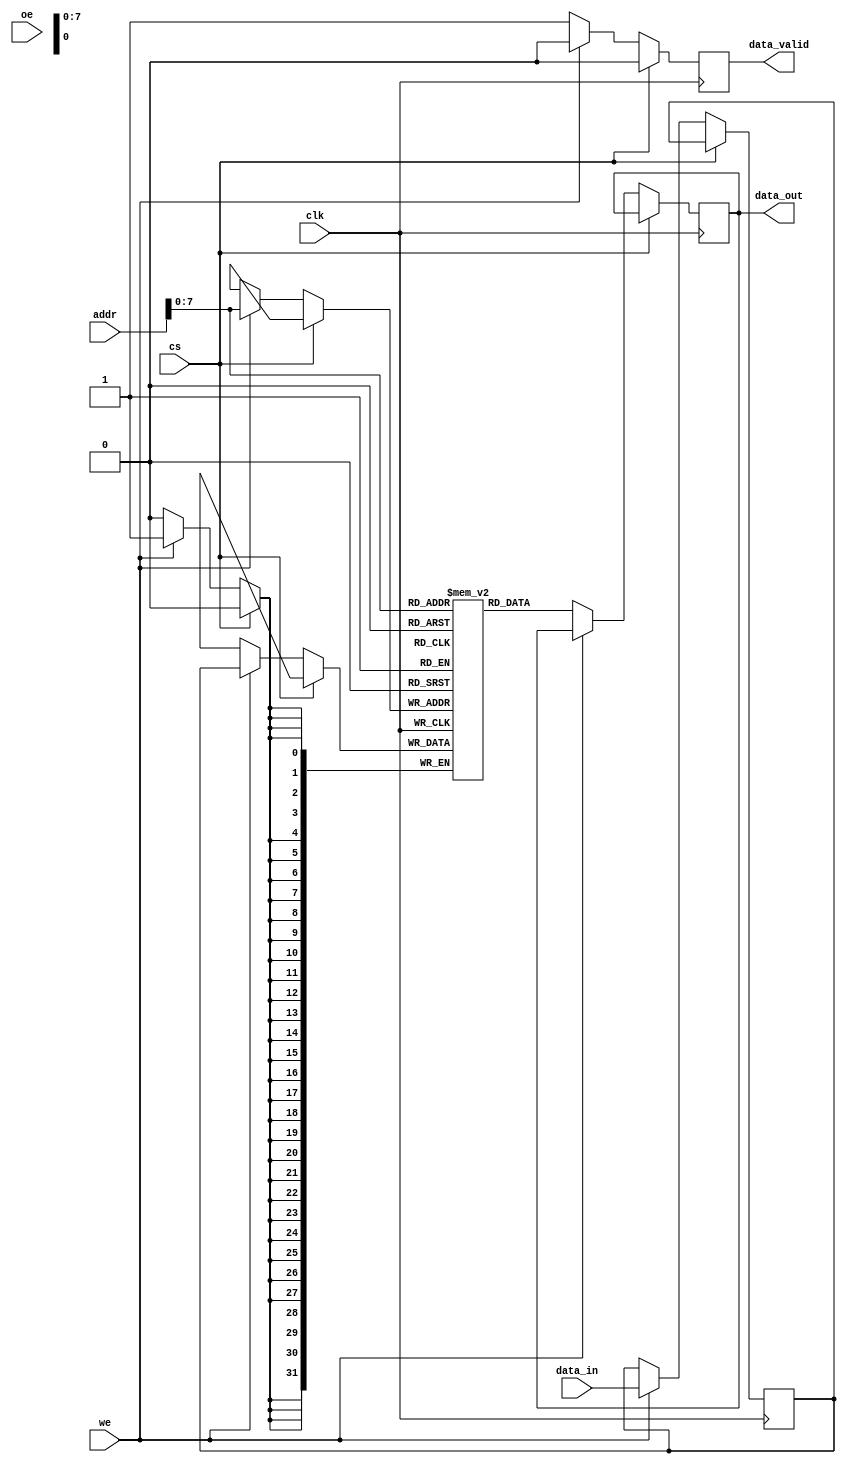
module dram_io_block (
    input wire clk,               // Clock signal
    input wire cs,                // Chip Select
    input wire we,                // Write Enable
    input wire oe,                // Output Enable
    input wire [15:0] addr,       // Address bus (16 bits)
    input wire [31:0] data_in,    // Data input bus (32 bits)
    output reg [31:0] data_out,   // Data output bus (32 bits)
    output reg data_valid         // Data valid signal
);

    // Memory array (for demonstration, 256 x 32 bits)
    reg [31:0] memory_array [0:255];

    // Internal signals
    reg [31:0] data_buffer;       // Input data buffer
    reg [7:0] row;                // Row address
    reg [7:0] col;                // Column address

    // Address decoding
    always @(*) begin
        row = addr[15:8];         // Upper 8 bits for row
        col = addr[7:0];          // Lower 8 bits for column
    end

    // Write Operation
    always @(posedge clk) begin
        if (!cs) begin             // Active low chip select
            if (we) begin          // If Write Enable is asserted
                data_buffer <= data_in; // Latch incoming data
                memory_array[{row, col}] <= data_buffer; // Write to memory
            end
        end
    end

    // Read Operation
    always @(posedge clk) begin
        if (!cs) begin             // Active low chip select
            if (!we) begin         // If Write Enable is not asserted (Read)
                data_out <= memory_array[{row, col}]; // Read from memory
                data_valid <= 1'b1; // Set data valid signal
            end
            else begin
                data_valid <= 1'b0; // Clear data valid if writing
            end
        end
        else begin
            data_valid <= 1'b0;     // Clear data valid if chip select is inactive
        end
    end

    // Output Enable
    always @(posedge clk) begin
        if (!cs && !we && oe) begin // If chip select is active and read operation
            // Data is already driven onto the bus in the read operation
        end
    end

endmodule